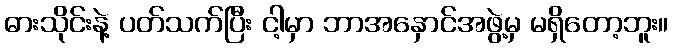
ဓားသိုင်းနဲ့ ပတ်သက်ပြီး ငါ့မှာ ဘာအနှောင်အဖွဲ့မှ မရှိတော့ဘူး။